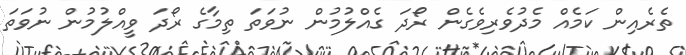
ތެރެއިން ކަމެއް މެދުވެރިވެގެން ރޯދަ ގެއްލުމުން ނުވަތަ ތިމާގެ ރޯދަ ވީއްލުމުން ނުވަތަ